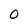
Character: O